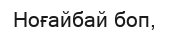
Ноғайбай боп,